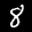
Label: 8